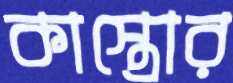
কাস্ত্রোর